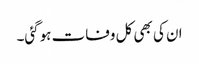
ان کی بھی کل وفات ہوگئی۔